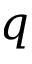
q